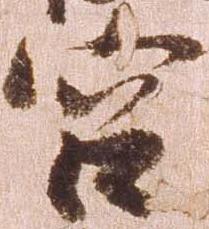
宮